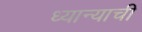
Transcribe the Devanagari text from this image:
ध्यान्याची